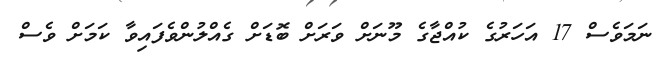
ނަމަވެސް 17 އަހަރުގެ ކުއްޖާގެ މޫނަށް ވަރަށް ބޮޑަށް ގެއްލުންވެފައިވާ ކަމަށް ވެސް